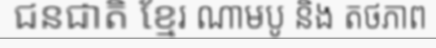
ជនជាតិ ខ្មែរ ណាមបូ និង តថភាព